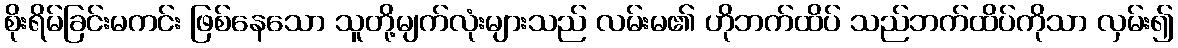
စိုးရိမ်ခြင်းမကင်း ဖြစ်နေသော သူတို့မျက်လုံးများသည် လမ်းမ၏ ဟိုဘက်ထိပ် သည်ဘက်ထိပ်ကိုသာ လှမ်း၍